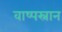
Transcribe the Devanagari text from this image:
वाष्पस्नान